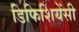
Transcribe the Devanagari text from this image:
डिफिशियेंसी